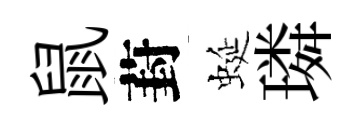
鼠葑蜒璘